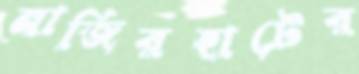
নাজিরহাটের